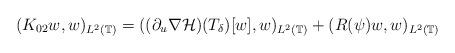
LaTeX: \begin{align*}(K_{0 2} w, w)_{L^2(\mathbb{T})}=((\partial_u \nabla \mathcal{H})(T_{\delta})[w], w)_{L^2(\mathbb{T})}+(R(\psi) w, w)_{L^2(\mathbb{T})}\end{align*}